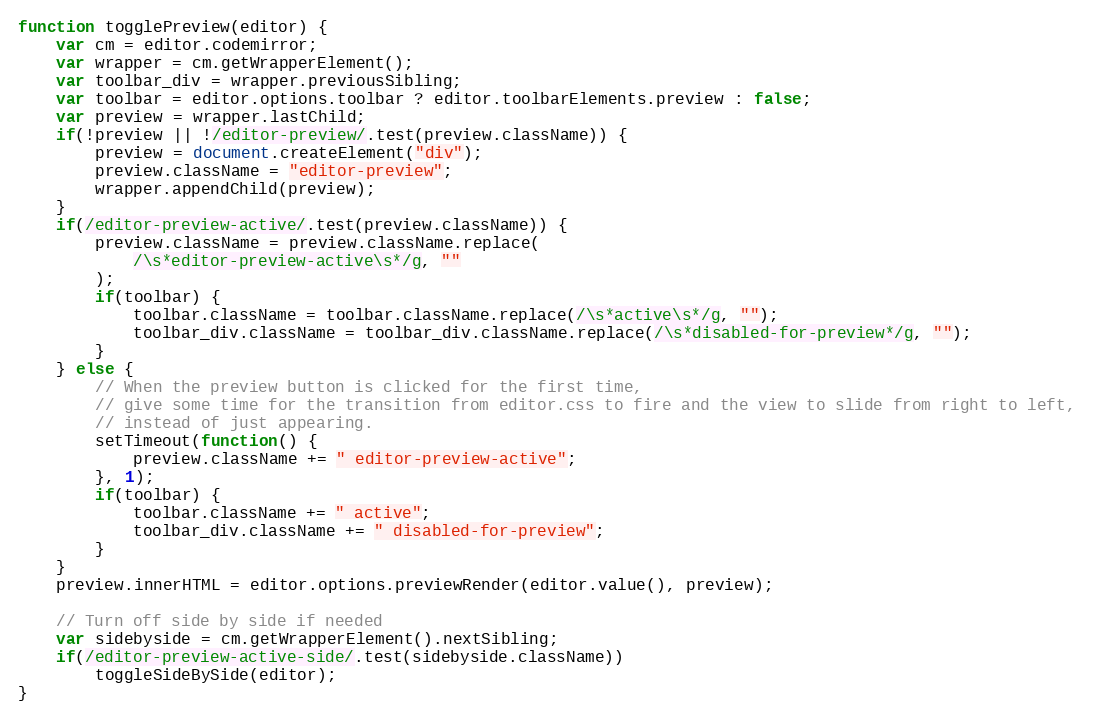
Language: JavaScript
function togglePreview(editor) {
	var cm = editor.codemirror;
	var wrapper = cm.getWrapperElement();
	var toolbar_div = wrapper.previousSibling;
	var toolbar = editor.options.toolbar ? editor.toolbarElements.preview : false;
	var preview = wrapper.lastChild;
	if(!preview || !/editor-preview/.test(preview.className)) {
		preview = document.createElement("div");
		preview.className = "editor-preview";
		wrapper.appendChild(preview);
	}
	if(/editor-preview-active/.test(preview.className)) {
		preview.className = preview.className.replace(
			/\s*editor-preview-active\s*/g, ""
		);
		if(toolbar) {
			toolbar.className = toolbar.className.replace(/\s*active\s*/g, "");
			toolbar_div.className = toolbar_div.className.replace(/\s*disabled-for-preview*/g, "");
		}
	} else {
		// When the preview button is clicked for the first time,
		// give some time for the transition from editor.css to fire and the view to slide from right to left,
		// instead of just appearing.
		setTimeout(function() {
			preview.className += " editor-preview-active";
		}, 1);
		if(toolbar) {
			toolbar.className += " active";
			toolbar_div.className += " disabled-for-preview";
		}
	}
	preview.innerHTML = editor.options.previewRender(editor.value(), preview);

	// Turn off side by side if needed
	var sidebyside = cm.getWrapperElement().nextSibling;
	if(/editor-preview-active-side/.test(sidebyside.className))
		toggleSideBySide(editor);
}